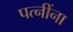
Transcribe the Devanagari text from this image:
पत्‍नींना